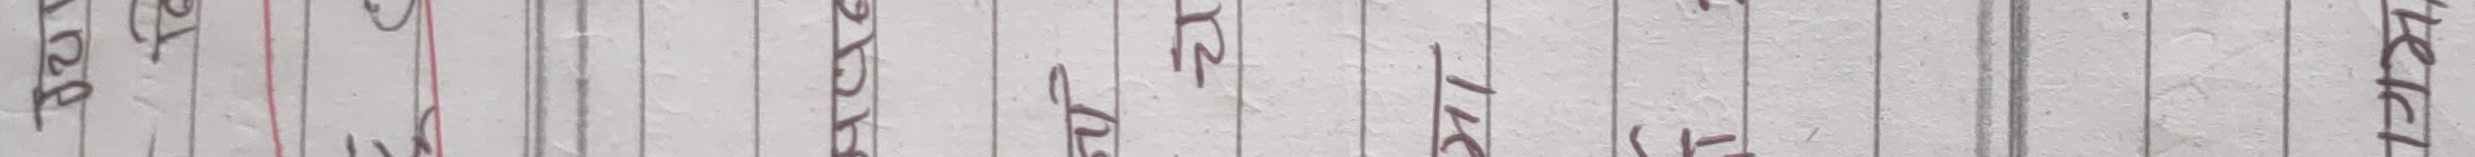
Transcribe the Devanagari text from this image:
प्राकृत भाषा र तिब्बतीमा पनि त्यसको पहिचान देख्न सकिन्छ।